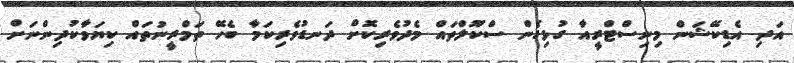
އަދި އެޑިކޭޝަން މިނިސްޓްރީއާ ގުޅިގެން ސްކޫލްތައް މެދުވެރިކޮށް ދަނޑުވެރިކަމާ ބެހޭ ތަމްރީނުތައް ކިޔަވާކުދިންނަށް